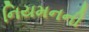
નિયમનની